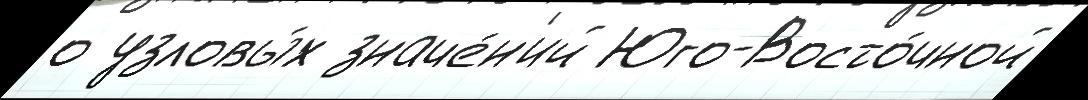
о узловы́х значе́н'ий Юго-Восто́чной